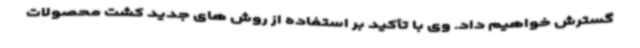
گسترش خواهیم داد. وی با تأکید بر استفاده از روش های جدید کشت محصولات